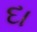
દા